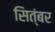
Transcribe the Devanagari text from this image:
सित्ंबर